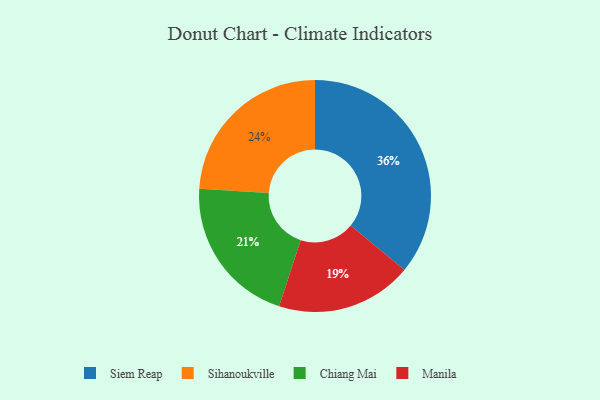
{"axis": {"x": "Category", "y": "Percentage"}, "legend": ["Chiang Mai", "Manila", "Siem Reap", "Sihanoukville"], "data": [{"x": "Sihanoukville", "y": 24, "type": "Sihanoukville"}, {"x": "Siem Reap", "y": 36, "type": "Siem Reap"}, {"x": "Chiang Mai", "y": 21, "type": "Chiang Mai"}, {"x": "Manila", "y": 19, "type": "Manila"}]}